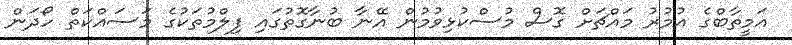
އަމީތާބްގެ އުމުރު މައްޗަށް ގޮސް މުސްކުޅިވުމުން އޭނާ ބުނާގޮތުގައި ފިލްމުތަކުގެ މަސައްކަތް ހޯދަން